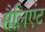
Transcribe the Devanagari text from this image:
सैलिएंट